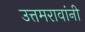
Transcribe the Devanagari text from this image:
उत्तमरावांनी